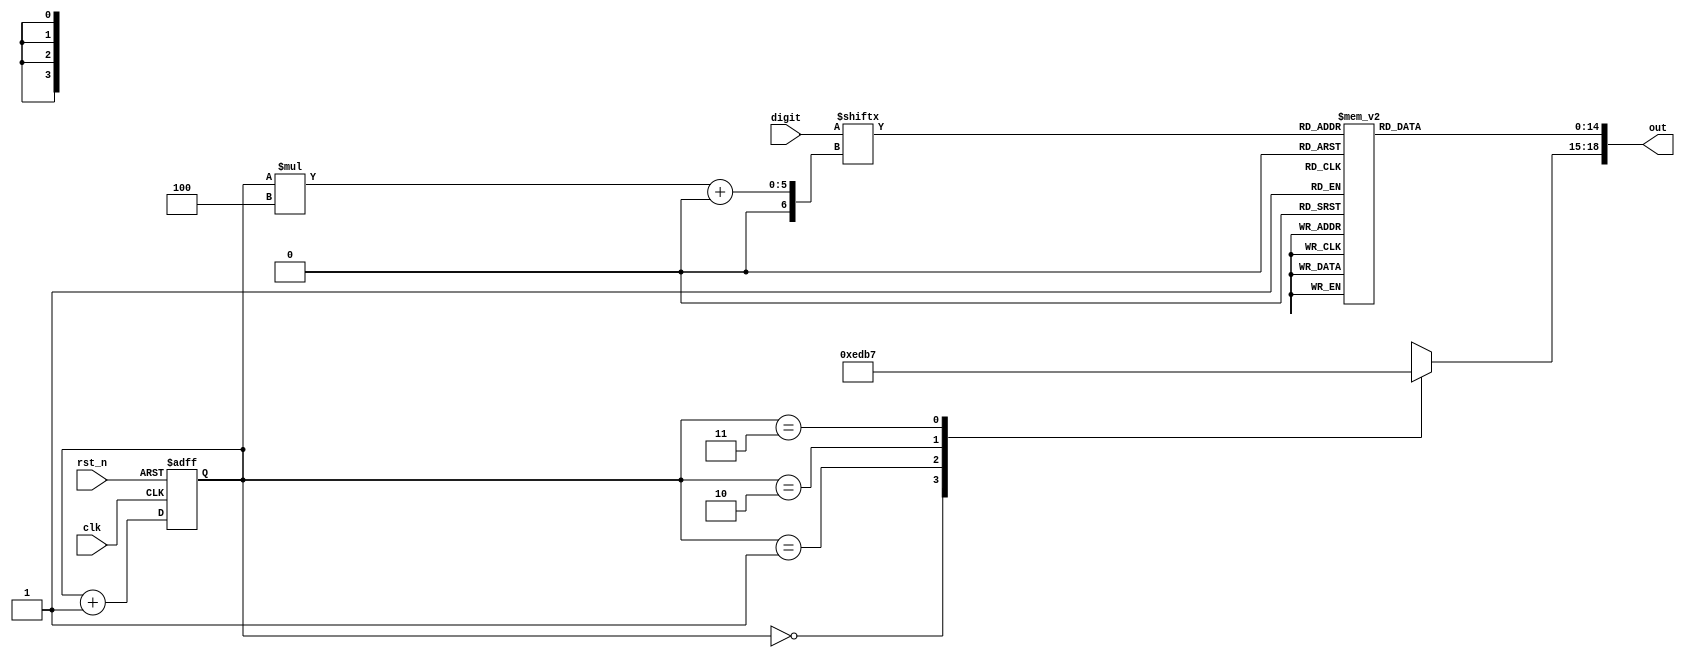
module display(clk, rst_n, digit, out);
		
		input clk;
		input rst_n;
		input [15:0]digit;
		output [18:0]out;
		
		wire clk, rst_n;
		wire [15:0]digit;
		reg [18:0]out;
		
		reg [1:0]select;
		reg [1:0]select_nxt;
		
		// modify this section
		parameter d0=15'b0000_0011_1111_111;
		parameter d1=15'b1111_1111_1011_011;
		parameter d2=15'b0110_0101_1101_111;
		parameter d3=15'b0110_1101_1101_101;
		parameter d4=15'b1111_1000_1011_011;
		parameter d5=15'b0110_1001_1111_101;
		parameter d6=15'b1100_0000_1111_111;
		parameter d7=15'b0001_1011_1111_111;
		parameter d8=15'b0110_1111_0100_101;
		parameter d9=15'b0001_1000_1111_111;
		parameter dark=15'b1111_1111_1111_111;
		
		always @*begin
			case(digit[(select*4)+:4])
				4'd0:out[14:0]=d0;
				4'd1:out[14:0]=d1;
				4'd2:out[14:0]=d2;
				4'd3:out[14:0]=d3;
				4'd4:out[14:0]=d4;
				4'd5:out[14:0]=d5;
				4'd6:out[14:0]=d6;
				4'd7:out[14:0]=d7;
				4'd8:out[14:0]=d8;
				4'd9:out[14:0]=d9;
				default:out[14:0]=dark;
			endcase
			case(select)
				2'd0:out[18:15]=4'b1110;
				2'd1:out[18:15]=4'b1101;
				2'd2:out[18:15]=4'b1011;
				2'd3:out[18:15]=4'b0111;
				default:out[18:15]=4'b1111;
			endcase
			select_nxt=select+1;
		end
		always@(posedge clk or negedge rst_n)begin
			if(!rst_n)begin
				select=2'd0;
			end else begin
				select=select_nxt;
			end
		end
			
endmodule